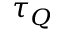
\tau _ { Q }